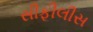
સીફીલીસ